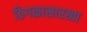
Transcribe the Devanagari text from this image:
ठिगळासारखा